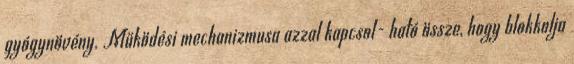
gyógynövény. Működési mechanizmusa azzal kapcsol- ható össze, hogy blokkolja